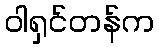
ဝါရှင်တန်က